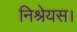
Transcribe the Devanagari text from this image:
निश्रेयस।